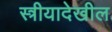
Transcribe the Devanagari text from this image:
स्त्रीयादेखील